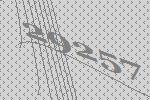
29257